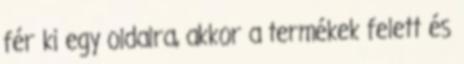
fér ki egy oldalra, akkor a termékek felett és